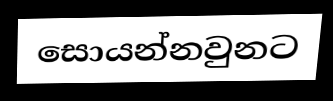
සොයන්නවුනට